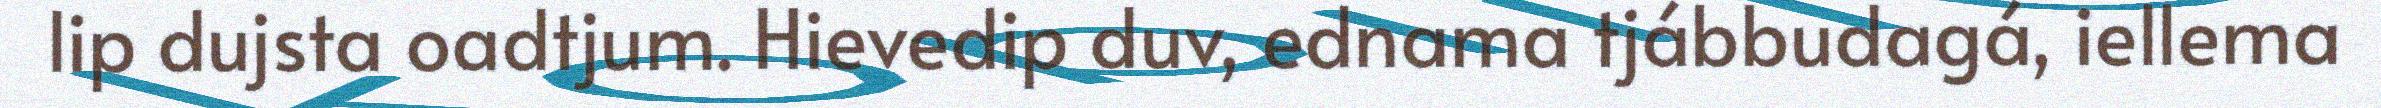
lip dujsta oadtjum. Hievedip duv, ednama tjábbudagá, iellema